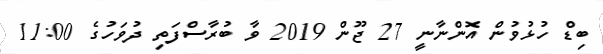
ބިޑް ހުޅުވުން އޮންނާނީ 27 ޖޫން 2019 ވާ ބުރާސްފަތި ދުވަހުގެ 11:00